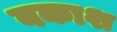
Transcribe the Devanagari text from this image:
बकाश